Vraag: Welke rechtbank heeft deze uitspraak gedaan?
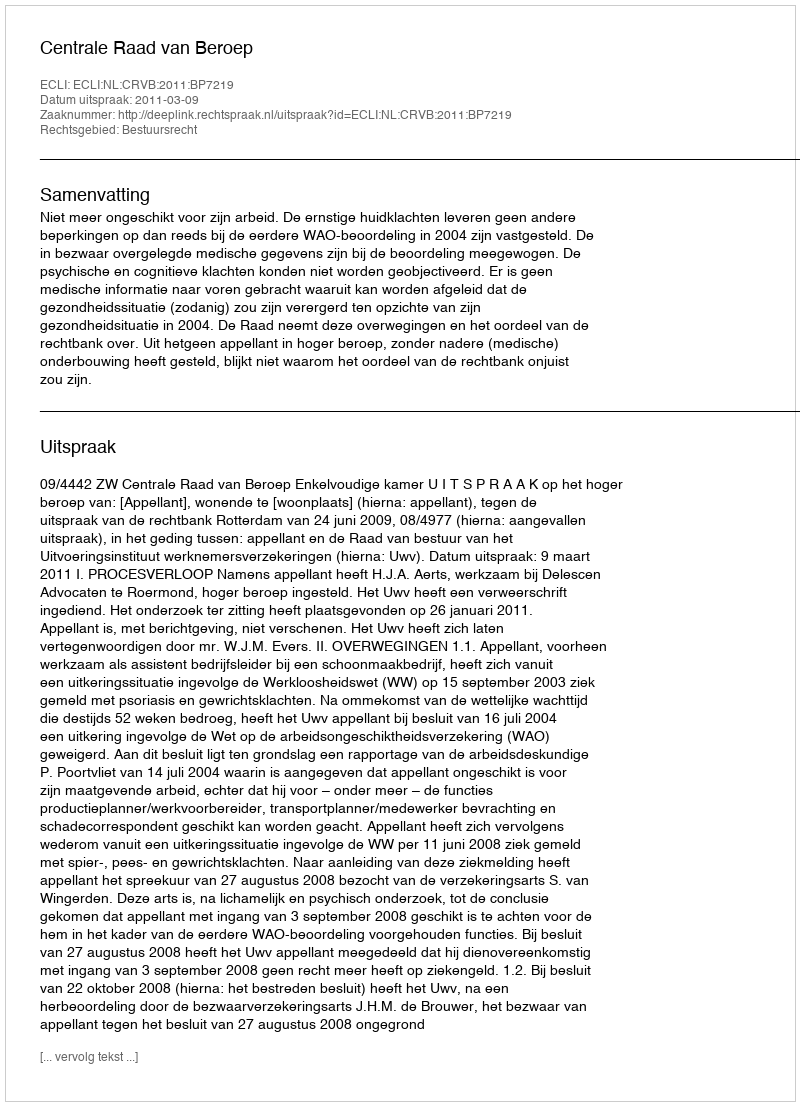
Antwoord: Centrale Raad van Beroep